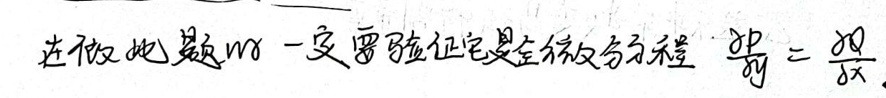
在做此题时一定要验证它是全微分方程 $\frac{\partial P}{\partial y}=\frac{\partial Q}{\partial x}$。